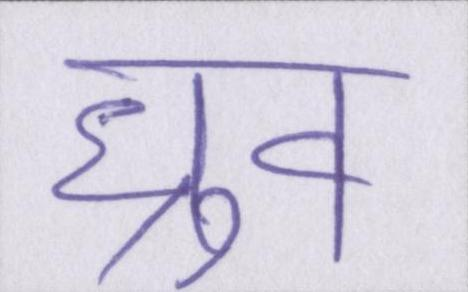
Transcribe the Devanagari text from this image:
ध्रुव